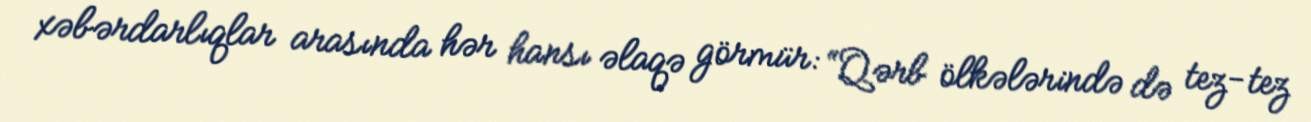
xəbərdarlıqlar arasında hər hansı əlaqə görmür: “Qərb ölkələrində də tez-tez